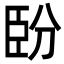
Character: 𦣡